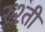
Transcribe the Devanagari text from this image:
रुश्ती